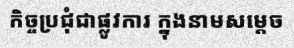
កិច្ចប្រជុំជាផ្លូវការ ក្នុងនាមសម្តេច